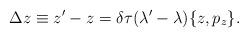
LaTeX: \begin{align*}\Delta z \equiv z'-z = \delta \tau (\lambda' - \lambda)\{z, p_z \}.\end{align*}